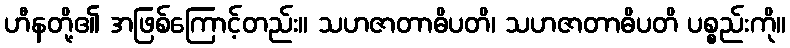
ဟီနတို့၏ အဖြစ်ကြောင့်တည်း။ သဟဇာတာဓိပတိ၊ သဟဇာတာဓိပတိ ပစ္စည်းကို။